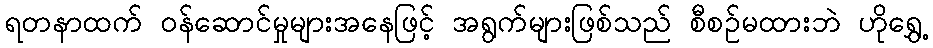
ရတနာထက် ဝန်ဆောင်မှုများအနေဖြင့် အရွက်များဖြစ်သည် စီစဉ်မထားဘဲ ဟိုရွှေ့